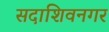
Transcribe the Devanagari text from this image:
सदाशिवनगर